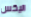
اليكس